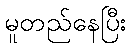
မူတည်နေပြီး